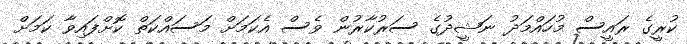
ކުރީގެ ރައީސް މުހައްމަދު ނަޝީދުގެ ސަރުކާރުން ވެސް އެކަމަށް މަސައްކަތް ކޮށްފައިވާ ކަމަށް